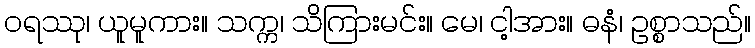
ဝရဿု၊ ယူမူကား။ သက္က၊ သိကြားမင်း။ မေ၊ ငါ့အား။ ဓနံ၊ ဥစ္စာသည်။